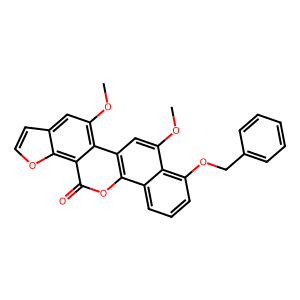
SMILES: COc1cc2c(oc(=O)c3c4occc4cc(OC)c23)c2cccc(OCc3ccccc3)c12
Inhibits HIV replication: No